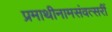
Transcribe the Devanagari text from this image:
प्रमाथीनामसंवत्सरीं